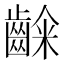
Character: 𮯉